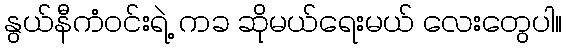
နွယ်နီကံဝင်းရဲ့ ကခ ဆိုမယ်ရေးမယ် လေးတွေပါ။